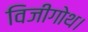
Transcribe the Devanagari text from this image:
विजीगोथ।